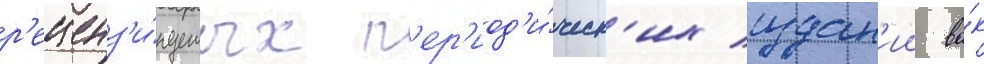
р'еценз'и́руемых п'ер'иод'и́ческ'их издан'ии ва́к